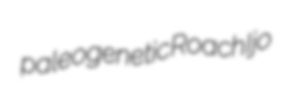
paleogenetic Roach Ijo